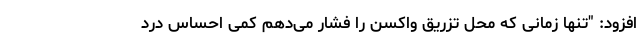
افزود: "تنها زمانی که محل تزریق واکسن را فشار می‌دهم کمی احساس درد